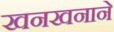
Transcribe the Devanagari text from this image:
खनखनाने